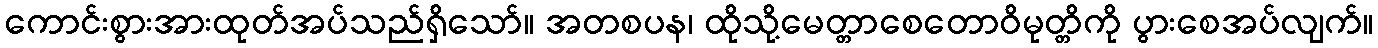
ကောင်းစွားအားထုတ်အပ်သည်ရှိသော်။ အတစပန၊ ထိုသို့မေတ္တာစေတောဝိမုတ္တိကို ပွားစေအပ်လျက်။